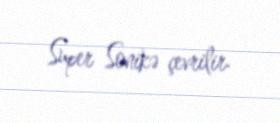
Super Sonikə çevrilir.